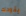
يقودك